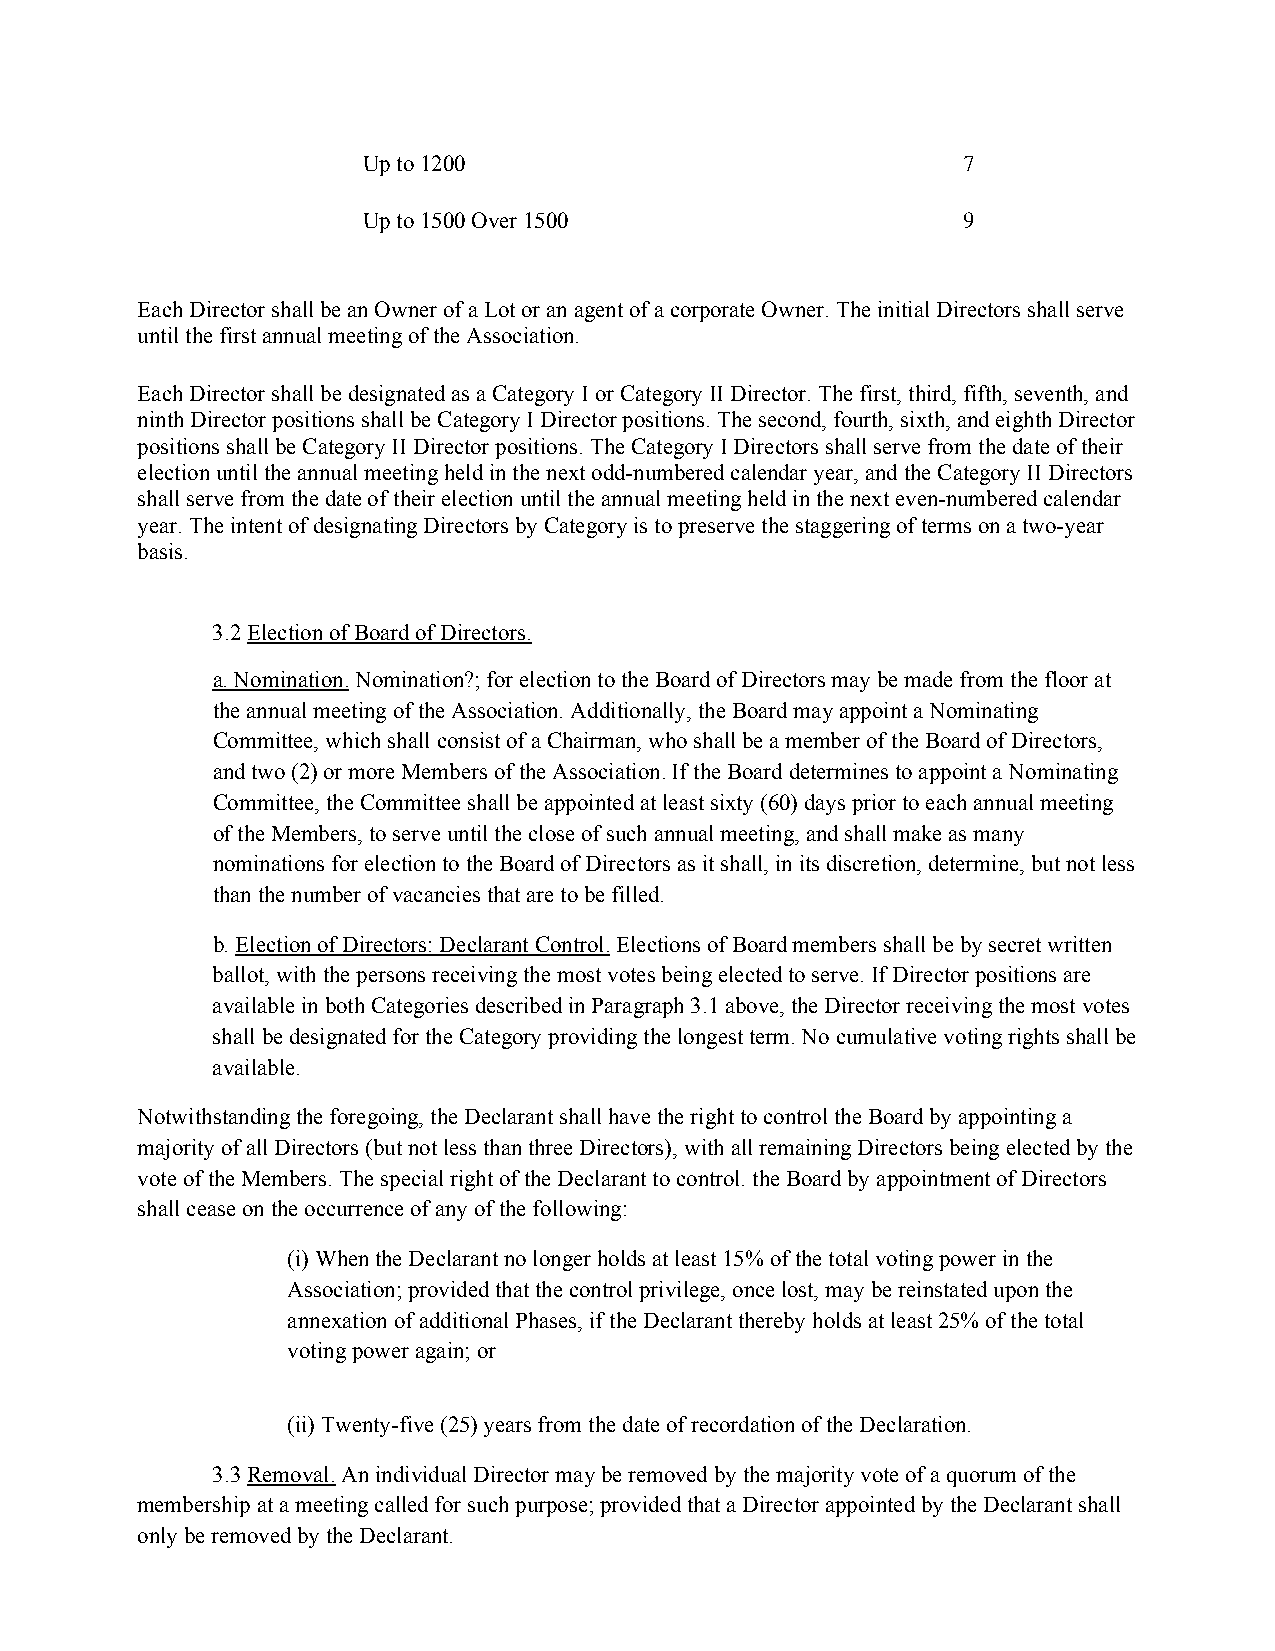
Up to 1200                              7
 Up to 1500 Over 1500                    9
 Each Director shall be an Owner of a Lot or an agent of a corporate Owner. The initial Directors shall serve
 until the first annual meeting of the Association.
 Each Director shall be designated as a Category I or Category II Director. The first, third, fifth, seventh, and
 ninth Director positions shall be Category I Director positions. The second, fourth, sixth, and eighth Director
 positions shall be Category II Director positions. The Category I Directors shall serve from the date of their
 election until the annual meeting held in the next odd-numbered calendar year, and the Category II Directors
 shall serve from the date of their election until the annual meeting held in the next even-numbered calendar
 year. The intent of designating Directors by Category is to preserve the staggering of terms on a two-year
 basis.
 3.2 Election of Board of Directors.
 a. Nomination. Nomination?; for election to the Board of Directors may be made from the floor at
 the annual meeting of the Association. Additionally, the Board may appoint a Nominating
 Committee, which shall consist of a Chairman, who shall be a member of the Board of Directors,
 and two (2) or more Members of the Association. If the Board determines to appoint a Nominating
 Committee, the Committee shall be appointed at least sixty (60) days prior to each annual meeting
 of the Members, to serve until the close of such annual meeting, and shall make as many
 nominations for election to the Board of Directors as it shall, in its discretion, determine, but not less
 than the number of vacancies that are to be filled.
 b. Election of Directors: Declarant Control. Elections of Board members shall be by secret written
 ballot, with the persons receiving the most votes being elected to serve. If Director positions are
 available in both Categories described in Paragraph 3.1 above, the Director receiving the most votes
 shall be designated for the Category providing the longest term. No cumulative voting rights shall be
 available.
 Notwithstanding the foregoing, the Declarant shall have the right to control the Board by appointing a
 majority of all Directors (but not less than three Directors), with all remaining Directors being elected by the
 vote of the Members. The special right of the Declarant to control. the Board by appointment of Directors
 shall cease on the occurrence of any of the following:
 (i) When the Declarant no longer holds at least 15% of the total voting power in the
 Association; provided that the control privilege, once lost, may be reinstated upon the
 annexation of additional Phases, if the Declarant thereby holds at least 25% of the total
 voting power again; or
 (ii) Twenty-five (25) years from the date of recordation of the Declaration.
 3.3 Removal. An individual Director may be removed by the majority vote of a quorum of the
 membership at a meeting called for such purpose; provided that a Director appointed by the Declarant shall
 only be removed by the Declarant.